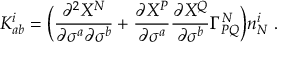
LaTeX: K _ { a b } ^ { i } = \Bigl ( \frac { \partial ^ { 2 } X ^ { N } } { \partial \sigma ^ { a } \partial \sigma ^ { b } } + \frac { \partial X ^ { P } } { \partial \sigma ^ { a } } \frac { \partial X ^ { Q } } { \partial \sigma ^ { b } } \Gamma _ { P Q } ^ { N } \Bigr ) n _ { N } ^ { i } ~ .